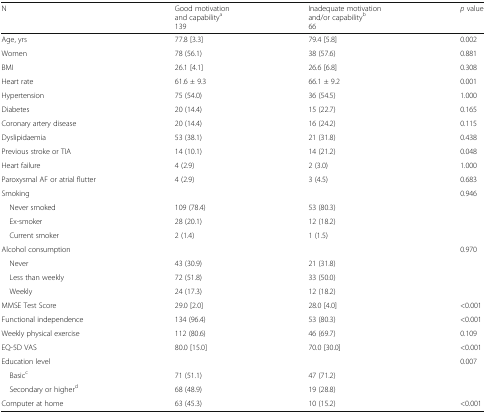
<table><thead><tr><td><b>N</b></td><td><b>Good motivation and capability<sup>a</sup>139</b></td><td><b>Inadequate motivation and/or capability<sup>b</sup>66</b></td><td><b><i>p</i> value</b></td></tr></thead><tbody><tr><td>Age, yrs</td><td>77.8 [3.3]</td><td>79.4 [5.8]</td><td>0.002</td></tr><tr><td>Women</td><td>78 (56.1)</td><td>38 (57.6)</td><td>0.881</td></tr><tr><td>BMI</td><td>26.1 [4.1]</td><td>26.6 [6.8]</td><td>0.308</td></tr><tr><td>Heart rate</td><td>61.6 ± 9.3</td><td>66.1 ± 9.2</td><td>0.001</td></tr><tr><td>Hypertension</td><td>75 (54.0)</td><td>36 (54.5)</td><td>1.000</td></tr><tr><td>Diabetes</td><td>20 (14.4)</td><td>15 (22.7)</td><td>0.165</td></tr><tr><td>Coronary artery disease</td><td>20 (14.4)</td><td>16 (24.2)</td><td>0.115</td></tr><tr><td>Dyslipidaemia</td><td>53 (38.1)</td><td>21 (31.8)</td><td>0.438</td></tr><tr><td>Previous stroke or TIA</td><td>14 (10.1)</td><td>14 (21.2)</td><td>0.048</td></tr><tr><td>Heart failure</td><td>4 (2.9)</td><td>2 (3.0)</td><td>1.000</td></tr><tr><td>Paroxysmal AF or atrial flutter</td><td>4 (2.9)</td><td>3 (4.5)</td><td>0.683</td></tr><tr><td>Smoking</td><td></td><td></td><td>0.946</td></tr><tr><td> Never smoked</td><td>109 (78.4)</td><td>53 (80.3)</td><td></td></tr><tr><td> Ex-smoker</td><td>28 (20.1)</td><td>12 (18.2)</td><td></td></tr><tr><td> Current smoker</td><td>2 (1.4)</td><td>1 (1.5)</td><td></td></tr><tr><td>Alcohol consumption</td><td></td><td></td><td>0.970</td></tr><tr><td> Never</td><td>43 (30.9)</td><td>21 (31.8)</td><td></td></tr><tr><td> Less than weekly</td><td>72 (51.8)</td><td>33 (50.0)</td><td></td></tr><tr><td> Weekly</td><td>24 (17.3)</td><td>12 (18.2)</td><td></td></tr><tr><td>MMSE Test Score</td><td>29.0 [2.0]</td><td>28.0 [4.0]</td><td>&lt;0.001</td></tr><tr><td>Functional independence</td><td>134 (96.4)</td><td>53 (80.3)</td><td>&lt;0.001</td></tr><tr><td>Weekly physical exercise</td><td>112 (80.6)</td><td>46 (69.7)</td><td>0.109</td></tr><tr><td>EQ-5D VAS</td><td>80.0 [15.0]</td><td>70.0 [30.0]</td><td>&lt;0.001</td></tr><tr><td>Education level</td><td></td><td></td><td>0.007</td></tr><tr><td> Basic<sup>c</sup></td><td>71 (51.1)</td><td>47 (71.2)</td><td></td></tr><tr><td> Secondary or higher<sup>d</sup></td><td>68 (48.9)</td><td>19 (28.8)</td><td></td></tr><tr><td>Computer at home</td><td>63 (45.3)</td><td>10 (15.2)</td><td>&lt;0.001</td></tr></tbody></table>